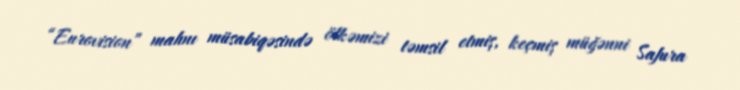
“Eurovision” mahnı müsabiqəsində ölkəmizi təmsil etmiş, keçmiş müğənni Safura